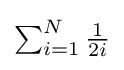
{\textstyle \sum _{i=1}^{N}{\frac {1}{2i}}}